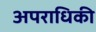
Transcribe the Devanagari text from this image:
अपराधिकी